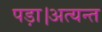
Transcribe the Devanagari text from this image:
पड़ा।अत्यन्त